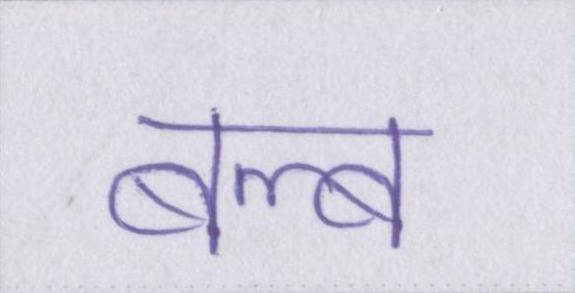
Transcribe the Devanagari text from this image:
बल्ब